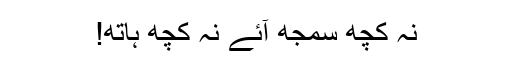
نہ کچھ سمجھ آئے نہ کچھ ہاتھ!